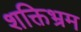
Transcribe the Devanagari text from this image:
शक्तिभ्रम